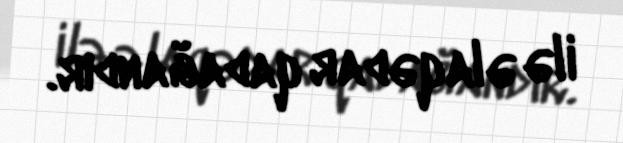
ilə əlaqədar qadağandır.